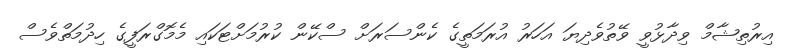
އިރުތިޝާމް ވިދާޅުވީ ވޭތުވެދިޔަ އަހަރު އުރަމަތީގެ ކެންސަރަށް ސްކޭން ކުރުމަށްޓަކައި މެމޮގްރަފީގެ ހިދުމަތްވެސް